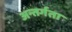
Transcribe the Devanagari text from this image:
अन्तर्गता